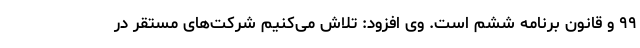
۹۹ و قانون برنامه ششم است. وی افزود: تلاش می‌کنیم شرکت‌های مستقر در